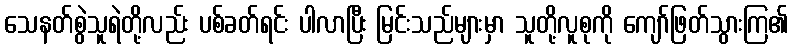
သေနတ်စွဲသူရဲတို့လည်း ပစ်ခတ်ရင်း ပါလာပြီး မြင်းသည်များမှာ သူတို့လူစုကို ကျော်ဖြတ်သွားကြ၏